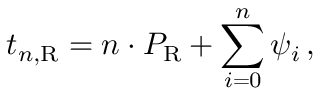
t _ { n , \mathrm R } = n \cdot P _ { \mathrm R } + \sum _ { i = 0 } ^ { n } \psi _ { i } \, ,